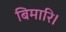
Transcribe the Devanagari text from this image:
बिमारि।